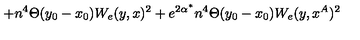
+ n ^ { 4 } \Theta ( y _ { 0 } - x _ { 0 } ) W _ { e } ( y , x ) ^ { 2 } + e ^ { 2 \alpha ^ { * } } n ^ { 4 } \Theta ( y _ { 0 } - x _ { 0 } ) W _ { e } ( y , x ^ { A } ) ^ { 2 }